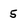
Character: 5